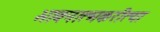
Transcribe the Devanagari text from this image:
भावनात्मकरीत्या